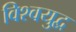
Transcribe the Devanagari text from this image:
विश्‍वयुद्व